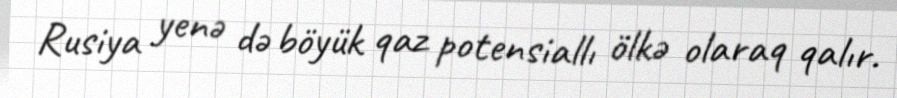
Rusiya yenə də böyük qaz potensiallı ölkə olaraq qalır.